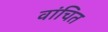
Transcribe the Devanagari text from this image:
वांचित